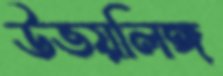
উভয়লিঙ্গ